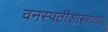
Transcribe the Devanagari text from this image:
वनस्पतीशास्त्राचा